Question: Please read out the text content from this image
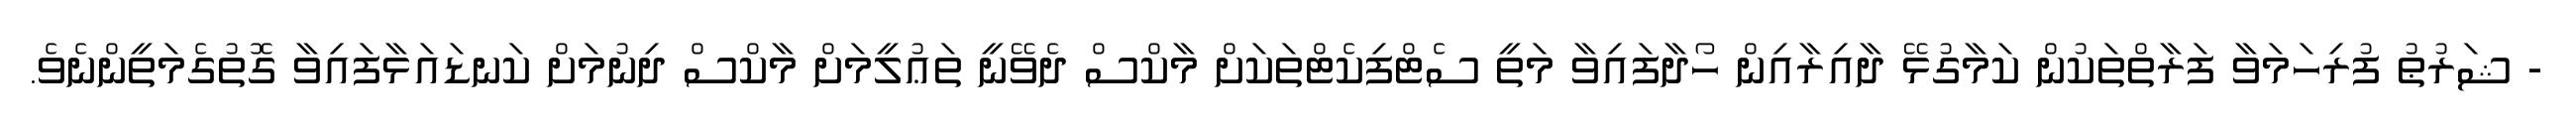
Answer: - ޝަރުޠު ފުރިހަމަވާ ފަރާތްތަކުން ކަމާގުޅޭ ދާއިރާއިން ހޯދާފައިވާ މަތީ ސެޓްފިކެޓްތަކަށް މާކްސް ދެވޭނީ ތަޢުލީމަށް މާކްސް ދިނުމަށް ކަނޑައަޅާފައިވާ ގޮތުގެމަތީންނެވެ.